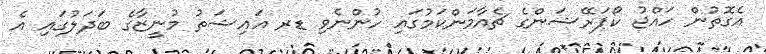
އެގޮތުން ހައްޖު ކޯޕަރޭޝަންގެ ޗެއާމަންކަމުގައި ހުންނެވި ޑރ އައިޝަތު މުނީޒާގެ ބަދަލުގައި އެ